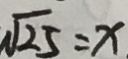
\sqrt { 2 5 } = x